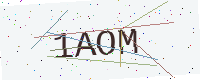
Text: 1AOM